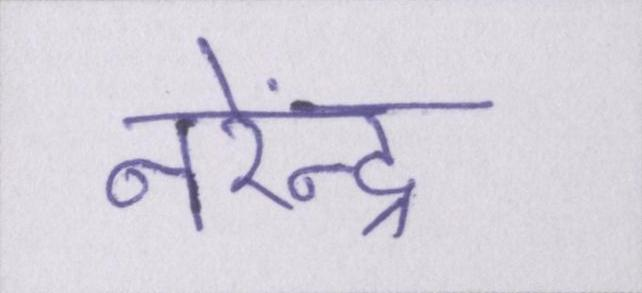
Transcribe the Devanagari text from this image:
नरेंन्द्र